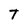
Character: T